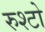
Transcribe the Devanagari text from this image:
रुश्टो